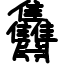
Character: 䨊